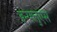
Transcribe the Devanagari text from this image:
इन्फ्लुएंस